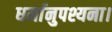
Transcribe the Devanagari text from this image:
धर्मानुपश्यना।